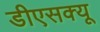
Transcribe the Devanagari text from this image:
डीएसक्यू